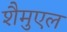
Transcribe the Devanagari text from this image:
शैमुएल